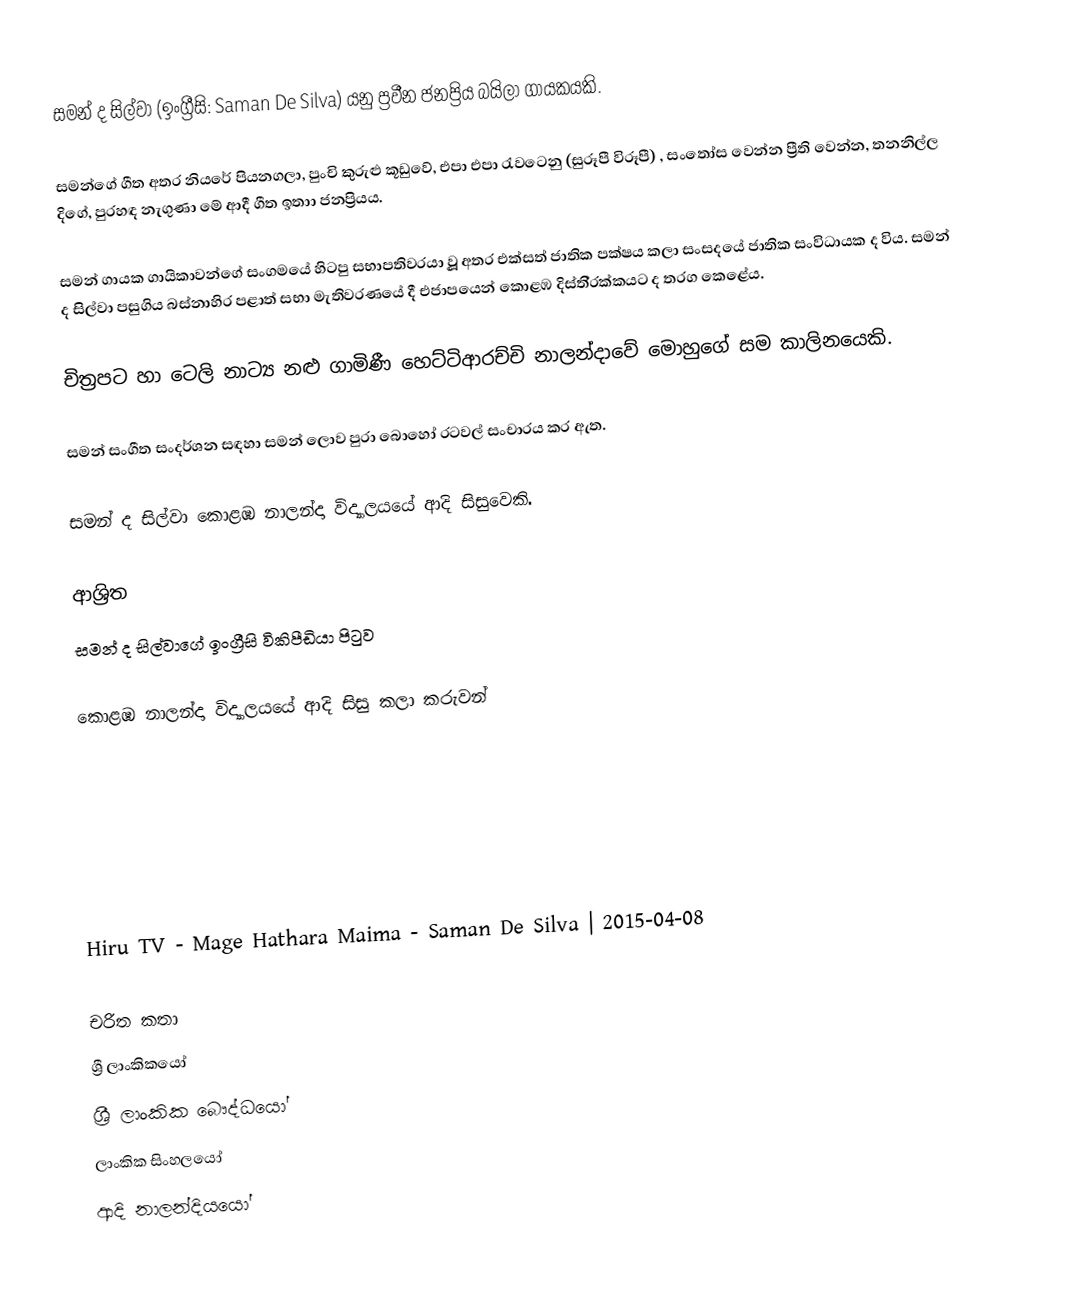
සමන් ද සිල්වා (ඉංග්‍රීසි: Saman De Silva) යනු ප්‍රවීන ජනප්‍රිය  බයිලා ගායකයකි.

සමන්ගේ ගීත අතර නියරේ පියනගලා, පුංචි කුරුළු කූඩුවේ, එපා එපා රැවටෙනු (සුරූපී විරූපී) , සංතෝස වෙන්න ප්‍රීති වෙන්න, තනනිල්ල දිගේ, පුරහඳ නැගුණා මේ ආදී ගීත ඉතාා ජනප්‍රියය.

සමන් ගායක ගායිකාවන්ගේ සංගමයේ හිටපු සභාපතිවරයා වූූ අතර එක්සත් ජාතික පක්ෂය කලා සංසදයේ ජාතික සංවිධායක ද විය. සමන් ද සිල්වා පසුගිය බස්නාහිර පළාත් සභා මැතිවරණයේ දී එජාපයෙන් කොළඹ දිස්ති‍්‍රක්කයට ද තරග කෙළේය.

චිත්‍රපට හා ටෙලි නාට්‍ය නළු ගාමිණී හෙට්ටිආරච්චි නාලන්දාවේ මොහුගේ සම කාලිනයෙකි.

සමන් සංගීත සංදර්ශන සඳහා සමන් ලොව පුරා බොහෝ රටවල් සංචාරය කර ඇත.

සමන් ද සිල්වා  කොළඹ නාලන්දා විද්‍යාලයයේ ආදි සිසුවෙකි.

ආශ්‍රිත
 සමන් ද සිල්වාගේ ඉංග්‍රීසි විකිපීඩියා පිටුව

 කොළඹ නාලන්දා විද්‍යාලයයේ ආදි සිසු කලා කරුවන්

 Hiru TV - Mage Hathara Maima - Saman De Silva | 2015-04-08

චරිත කතා
ශ්‍රී ලාංකිකයෝ
ශ්‍රී ලාංකික බෞද්ධයෝ
ලාංකික සිංහලයෝ
ආදි නාලන්දියයෝ